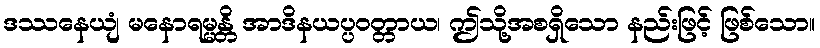
ဒဿနေယျံ မနောရမ္မန္တိ အာဒိနယပ္ပဝတ္တာယ၊ ဤသို့အစရှိသော နည်းဖြင့် ဖြစ်သော။